Punjab Mental Hospital Lahore 1922-31 - 1922-1931
Year: 1922
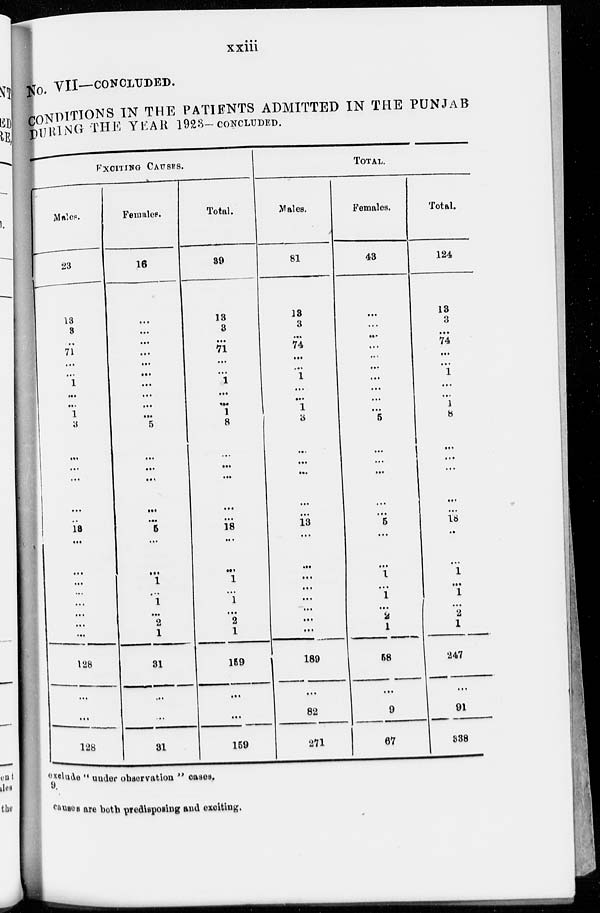
xxiii
No. VII—CONCLUDED.
CONDITIONS IN THE PATIENTS ADMITTED IN THE PUNJAB
DURING THE YEAR 1923—CONCLUDED.
EXCITING CAUSES.
Males.
23
13
3
...
71
...
...
1
...
...
1
3
...
...
...
...
...
13
...
...
...
...
...
...
...
...
128
...
...
128
Females.
16
...
...
...
...
...
...
...
...
...
...
5
...
...
...
...
...
5
...
...
1
...
1
...
2
1
31
...
...
31
Total.
89
13
3
...
71
...
1
...
...
1
8
...
...
...
...
18
...
...
1
...
1
...
2
1
159
...
...
159
TOTAL.
Males.
81
13
3
...
74
...
...
1
...
...
1
3
...
...
...
...
...
13
...
...
...
...
...
...
...
...
189
...
82
271
Females.
43
...
...
...
...
...
...
...
...
...
...
5
...
...
...
...
...
5
...
...
1
...
1
...
2
1
58
...
9
67
Total.
124
13
3
...
74
...
...
1
...
...
1
8
...
...
...
...
...
18
...
...
1
...
1
...
2
1
247
...
91
338
exclude " under observation " cases.
9.
causes are both predisposing and exciting.